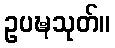
ဥပဍ္ဎသုတ်။